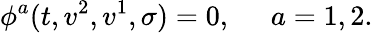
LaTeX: \phi^{a}(t,v^{2},v^{1},\sigma)=0,\ \; \; \; \; a=1,2.